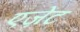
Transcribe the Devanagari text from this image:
एज़ेंट